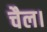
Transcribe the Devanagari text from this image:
चैल।